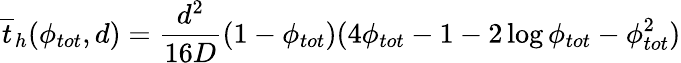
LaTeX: \overline{{t}}_{h}(\phi_{tot},d)=\frac{d^{2}}{16D}(1-\phi_{tot})(4\phi_{tot}-1-2\log\phi_{tot}-\phi_{tot}^{2})